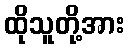
ထိုသူတို့အား